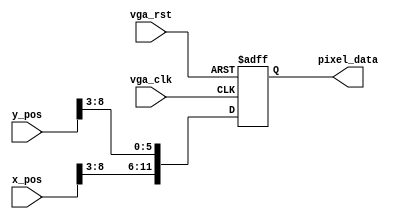
module vga_test(input vga_clk,
                input vga_rst,
                input [9:0] x_pos,
                input [9:0] y_pos,
                output reg [11:0] pixel_data); // 
    always @(posedge vga_clk or posedge vga_rst) begin
        if (vga_rst) begin
            pixel_data <= 0;
        end
        else begin
            pixel_data <= {x_pos[8:3], y_pos[8:3]};
        end
    end
endmodule